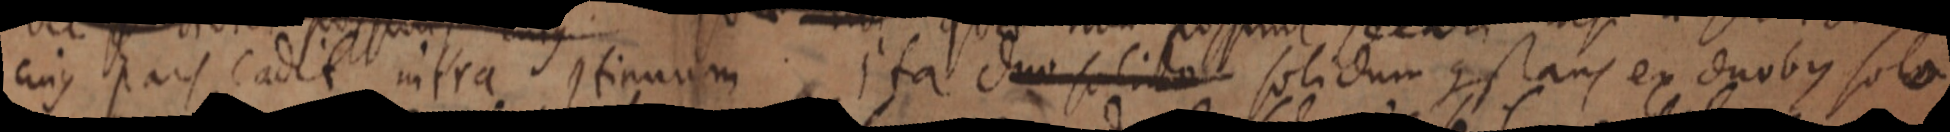
cujus pars cadit intra continuum ita duo solido solidum constans ex duobus sola